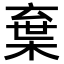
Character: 𣓪